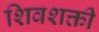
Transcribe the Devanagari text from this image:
शिवशक्ती